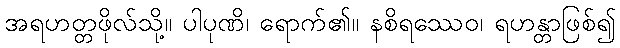
အရဟတ္တဖိုလ်သို့။ ပါပုဏိ၊ ရောက်၏။ နစိရဿေဝ၊ ရဟန္တာဖြစ်၍